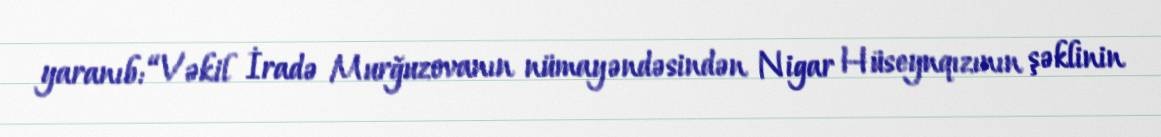
yaranıb: “Vəkil İradə Murğuzovanın nümayəndəsindən Nigar Hüseynqızının şəklinin